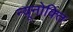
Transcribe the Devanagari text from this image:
न्यूनोक्‍ति